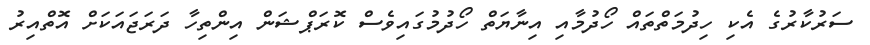
ސަރުކާރުގެ އެކި ހިދުމަތްތައް ހޯދުމާއި އިނާޔަތް ހޯދުމުގައިވެސް ކޮރަޕްޝަން އިންތިހާ ދަރަޖައަކަށް އޮތްއިރު